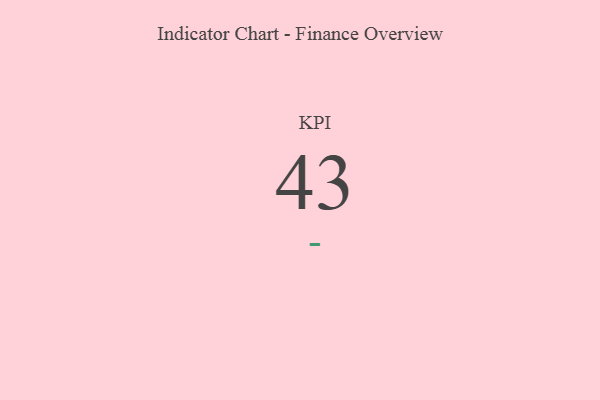
{"axis": {"x": "KPI", "y": "Value"}, "legend": [""], "data": [{"x": "KPI", "y": 43, "type": ""}]}